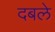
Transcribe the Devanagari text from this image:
दबले